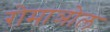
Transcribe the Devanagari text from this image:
रोमाञोल